Indian journal of veterinary science and animal husbandry - Volume 5,
Year: 1935
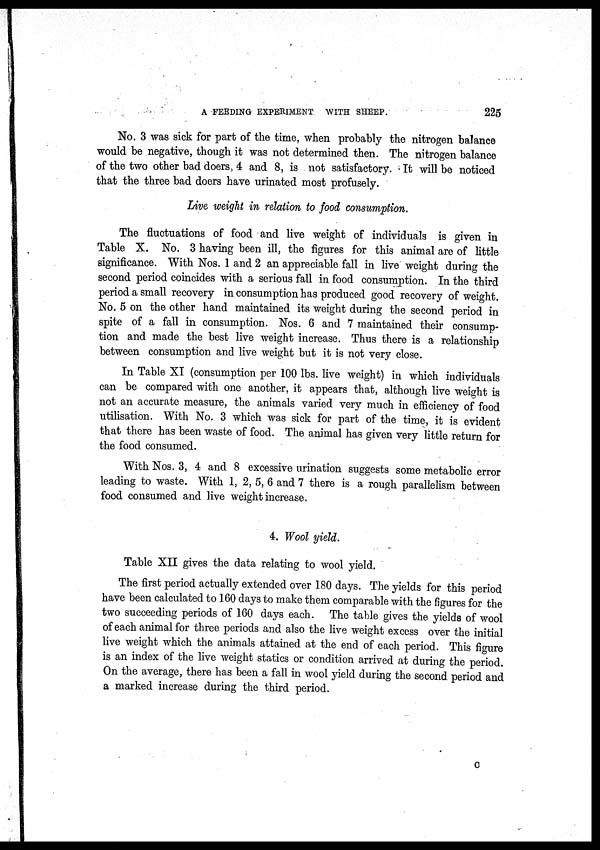
A FEEDING EXPERIMENT WITH SHEEP.
225
No. 3 was sick for part of the time, when probably the nitrogen balance
would be negative, though it was not determined then. The nitrogen balance
of the two other bad doers, 4 and 8, is not satisfactory. It will be noticed
that the three bad doers have urinated most profusely.
Live weight in relation to food consumption.
The fluctuations of food and live weight of individuals is given in
Table X. No. 3 having been ill, the figures for this animal are of little
significance. With Nos. 1 and 2 an appreciable fall in live weight during the
second period coincides with a serious fall in food consumption. In the third
period a small recovery in consumption has produced good recovery of weight.
No. 5 on the other hand maintained its weight during the second period in
spite of a fall in consumption. Nos. 6 and 7 maintained their consump-
tion and made the best live weight increase. Thus there is a relationship
between consumption and live weight but it is not very close.
In Table XI (consumption per 100 lbs. live weight) in which individuals
can be compared with one another, it appears that, although live weight is
not an accurate measure, the animals varied very much in efficiency of food
utilisation. With No. 3 which was sick for part of the time, it is evident
that there has been waste of food. The animal has given very little return for
the food consumed.
With Nos. 3, 4 and 8 excessive urination suggests some metabolic error
leading to waste. With 1, 2, 5, 6 and 7 there is a rough parallelism between
food consumed and live weight increase.
4. Wool yield.
Table XII gives the data relating to wool yield.
The first period actually extended over 180 days. The yields for this period
have been calculated to 160 days to make them comparable with the figures for the
two succeeding periods of 160 days each. The table gives the yields of wool
of each animal for three periods and also the live weight excess over the initial
live weight which the animals attained at the end of each period. This figure
is an index of the live weight statics or condition arrived at during the period.
On the average, there has been a fall in wool yield during the second, period and
a marked increase during the third period.
C